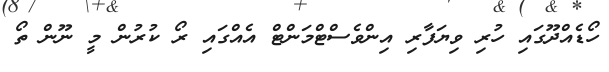
ހޯޑެއްދޫގައި ހުރި ވިޔަފާރި އިންވެސްޓްމަންޓް އެއްގައި ރޯ ކުރުން މީ ނޫން ތޯ